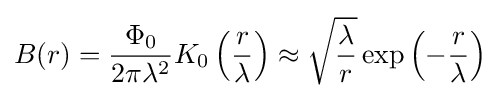
B(r)={\frac {\Phi _{0}}{2\pi \lambda ^{2}}}K_{0}\left({\frac {r}{\lambda }}\right)\approx {\sqrt {\frac {\lambda }{r}}}\exp \left(-{\frac {r}{\lambda }}\right)